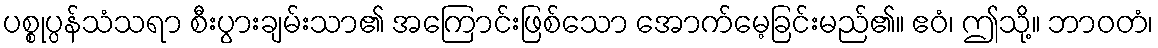
ပစ္စုပ္ပန်သံသရာ စီးပွားချမ်းသာ၏ အကြောင်းဖြစ်သော အောက်မေ့ခြင်းမည်၏။ ဧဝံ၊ ဤသို့။ ဘာဝတံ၊